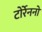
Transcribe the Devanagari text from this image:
टोर्रेननो